Leaving Certificate Examination, 1916
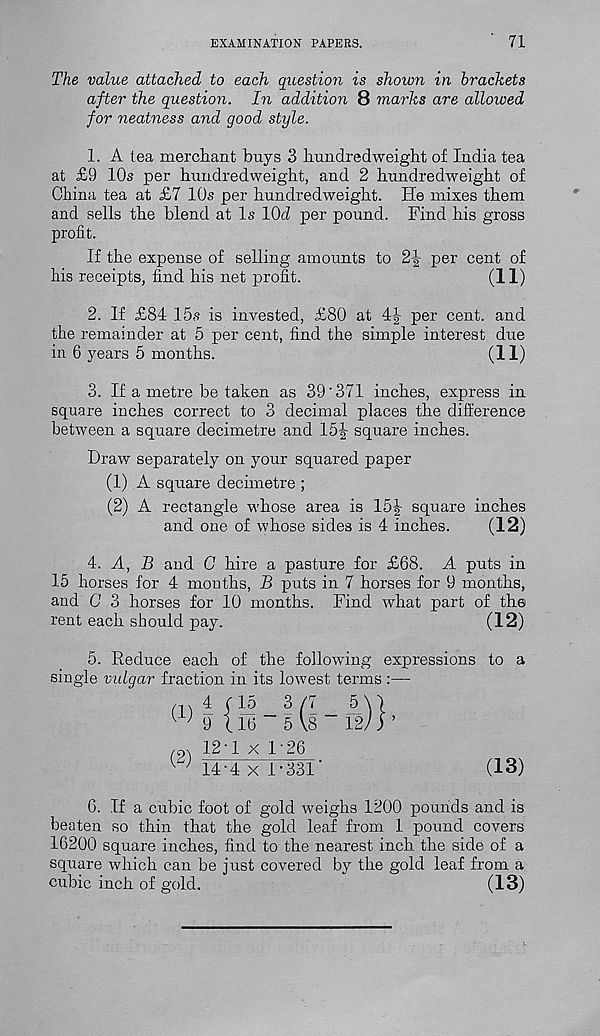
EXAMINATION PAPERS.
71
The value attached to each question is shown in brackets
after the question. In addition 8 marks are allowed
for neatness and good style.
1. A tea merchant buys 3 hundredweight of India tea
at £9 10s per hundredweight, and 2 hundredweight of
China tea at £7 10s per hundredweight. He mixes them
and sells the blend at Is lOd per pound. Find his gross
profit.
If the expense of selling amounts to 2^ per cent of
his receipts, find his net profit.
(11)
2. If £84 15s is invested, £80 at 4-|- per cent, and
the remainder at 5 per cent, find the simple interest due
in 6 years 5 months.
(11)
3. If a metre be taken as 39'371 inches, express in
square inches correct to 3 decimal places the difference
between a square decimetre and 15|- square inches.
Draw separately on your squared paper
(1) A square decimetre ;
(2) A rectangle whose area is 15|- square inches
and one of whose sides is 4 inches.
(12)
I. A, B and C hire a pasture for £68. A puts in
15 horses for 4 mouths, B puts in 7 horses for 9 months,
and C 3 horses for 10 months. Find what part of the
rent each should pay.
(12)
5. Reduce each of the following expressions to a
single vulgar fraction in its lowest terms :—
(1)
(2)
4 | !5
9 (16
12-1 x 1-26
14-4 x 1-331'
_3/7_ 5\)
5 \8
12/ ) ’
(13)
6. If a cubic foot of gold weighs 1200 pounds and is
beaten so thin that the gold leaf from 1 pound covers
16200 square inches, find to the nearest inch the side of a
square which can be just covered by the gold leaf from a
cubic inch of gold.
(13)